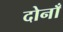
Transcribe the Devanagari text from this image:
दोनाँ